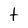
Character: t